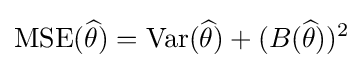
\operatorname {MSE} ({\widehat {\theta }})=\operatorname {Var} ({\widehat {\theta }})+(B({\widehat {\theta }}))^{2}